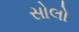
સોલો